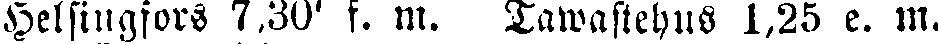
Helsingfors 7,30' f. m. Tawastehus 1,25 e. m.